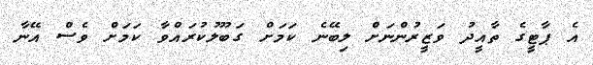
އެ ޕާޓީގެ ތާއީދު ވަޒީރުންނަށް ލިބޭނެ ކަމަށް ގަބޫލުކުރައްވާ ކަމަށް ވެސް އޭނާ